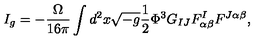
I _ { g } = - \frac { \Omega } { 1 6 \pi } \int d ^ { 2 } x \sqrt { - g } \frac { 1 } { 2 } \Phi ^ { 3 } G _ { I J } F _ { \alpha \beta } ^ { I } F ^ { J \alpha \beta } ,